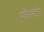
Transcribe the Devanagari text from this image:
मॉसटो